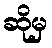
ဆိုမှ